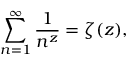
\sum _ { n = 1 } ^ { \infty } \frac { 1 } { n ^ { z } } = \zeta ( z ) ,